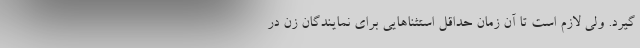
گیرد. ولی لازم است تا آن زمان حداقل استثناهایی برای نمایندگان زن در